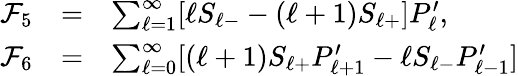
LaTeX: \begin{array}{rcl}{{{\cal F}_{5}}}&{{=}}&{{\sum_{\ell=1}^{\infty}[\ell S_{\ell-}-(\ell+1)S_{\ell+}]P_{\ell}^{\prime},}}\\ {{{\cal F}_{6}}}&{{=}}&{{\sum_{\ell=0}^{\infty}[(\ell+1)S_{\ell+}P_{\ell+1}^{\prime}-\ell S_{\ell-}P_{\ell-1}^{\prime}]}}\end{array}